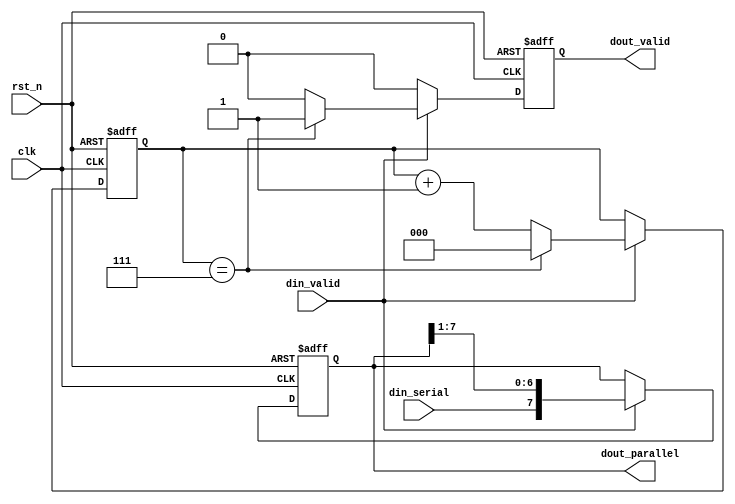
module serial2parallel(
    input wire clk,
    input wire rst_n,
    input wire din_serial,
    input wire din_valid,
    output reg [7:0] dout_parallel,
    output reg dout_valid
);

    // Internal counter to keep track of the number of bits received
    reg [2:0] cnt;

    // Reset and data shifting is handled on the rising edge of the clock
    always @(posedge clk or negedge rst_n) begin
        if (!rst_n) begin
            // When reset is asserted, clear the counter and output registers
            cnt <= 3'b000;
            dout_parallel <= 8'b00000000;
            dout_valid <= 1'b0;
        end else if (din_valid) begin
            // Shift in the serial data into dout_parallel starting with the MSB
            dout_parallel <= {din_serial, dout_parallel[7:1]};
            // Increment the counter
            cnt <= cnt + 3'b001;
            // If 8 bits have been received, indicate that dout_parallel is valid
            if (cnt == 3'b111) begin
                dout_valid <= 1'b1;
                cnt <= 3'b000; // Reset the counter for the next batch of 8 bits
            end else begin
                dout_valid <= 1'b0;
            end
        end else begin
            // When din_valid is not high, do not shift in new data
            dout_valid <= 1'b0;
        end
    end

endmodule